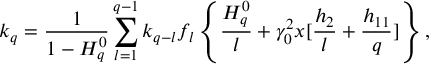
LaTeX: k _ { q } = \frac { 1 } { 1 - H _ { q } ^ { 0 } } \sum _ { l = 1 } ^ { q - 1 } k _ { q - l } f _ { l } \left\{ \frac { H _ { q } ^ { 0 } } { l } + \gamma _ { 0 } ^ { 2 } x [ \frac { h _ { 2 } } { l } + \frac { h _ { 1 1 } } { q } ] \right\} ,